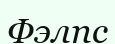
Фэлпс